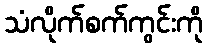
သံလိုက်စက်ကွင်းကို